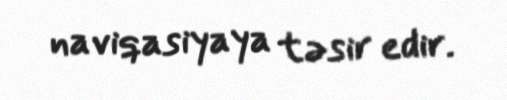
naviqasiyaya təsir edir.